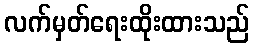
လက်မှတ်ရေးထိုးထားသည်